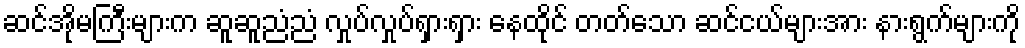
ဆင်အိုမကြီးများက ဆူဆူညံညံ လှုပ်လှုပ်ရှားရှား နေထိုင် တတ်သော ဆင်ငယ်များအား နားရွက်များကို